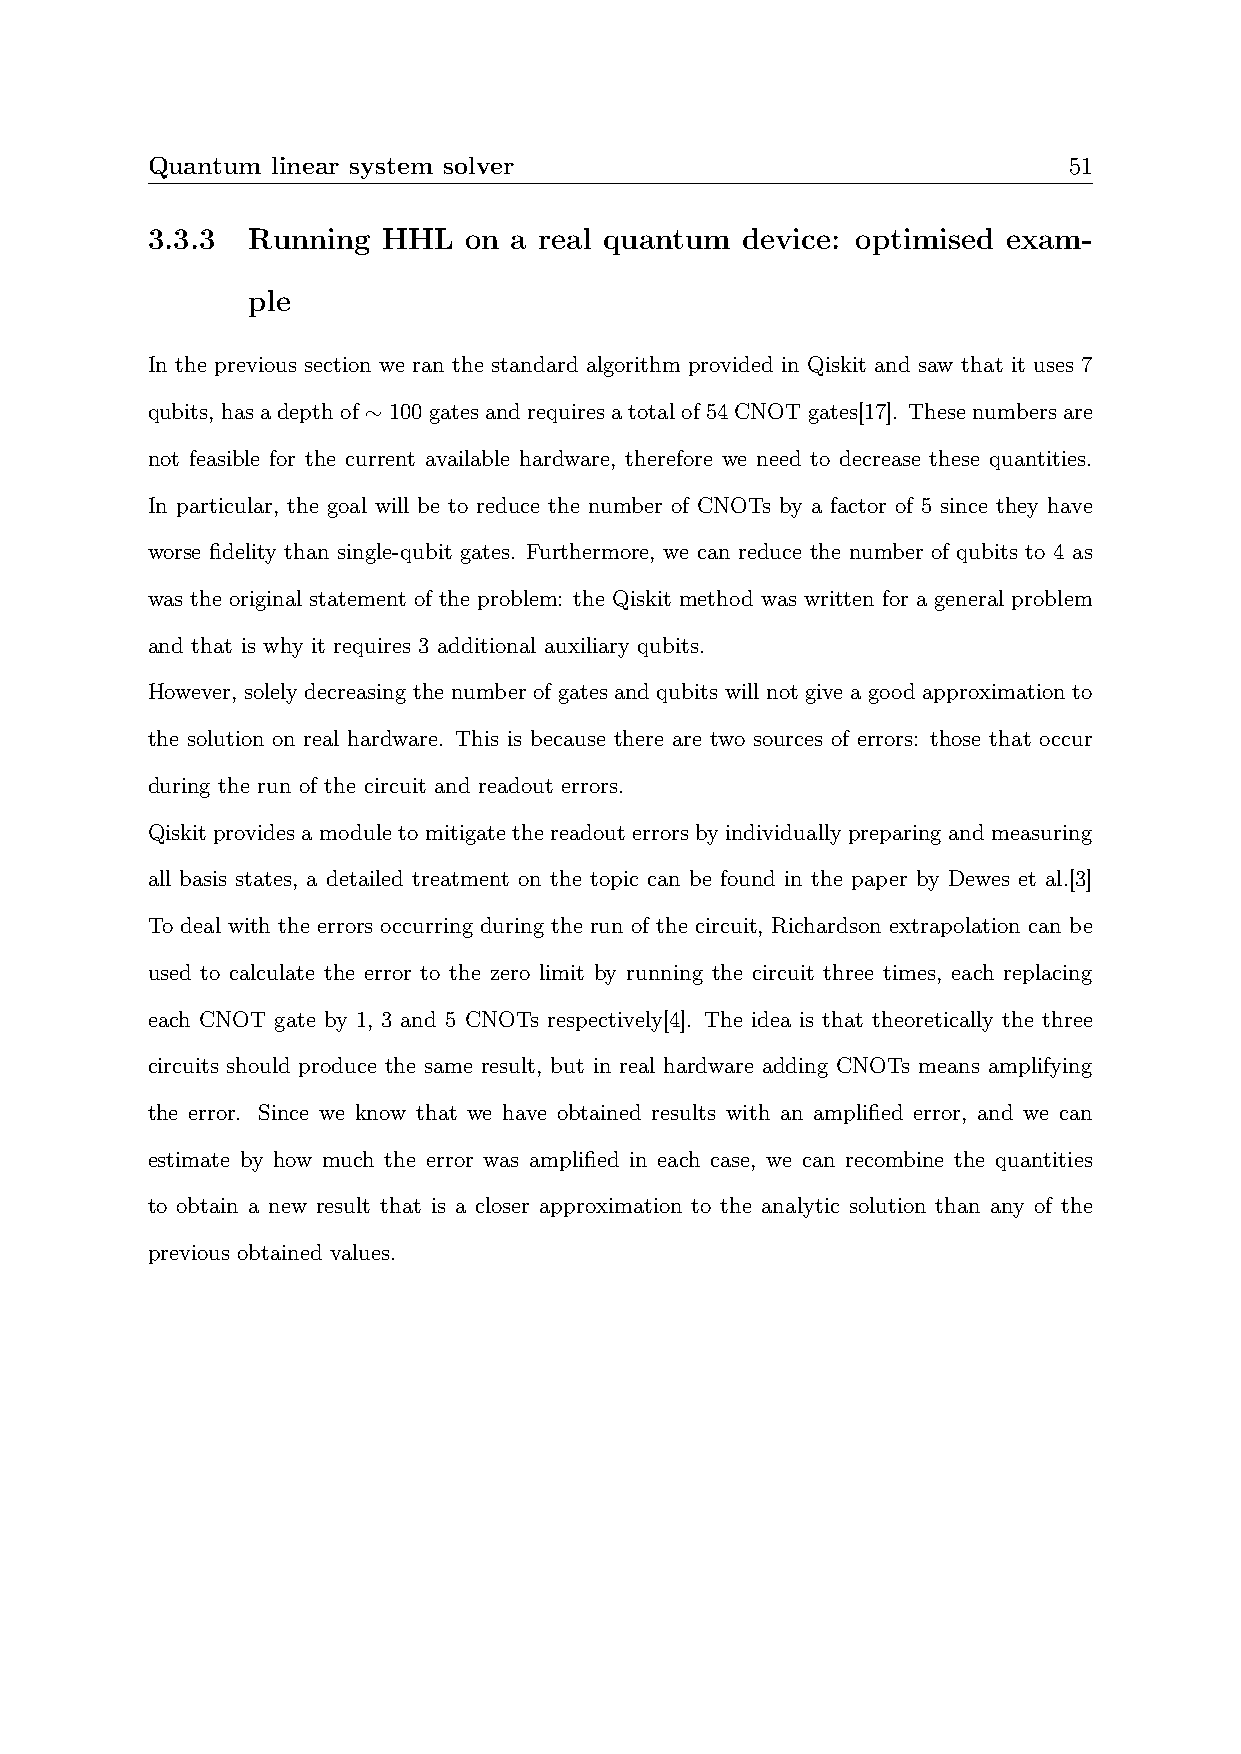
Quantum linear system solver                                 51
 3.3.3 Running  HHL   on a real quantum device: optimised exam-
 ple
 In the previous section we ran the standard algorithm provided in Qiskit and saw that it uses 7
 qubits, hasadepthof∼100gatesandrequiresatotalof54CNOTgates[17]. Thesenumbersare
 not feasible for the current available hardware, therefore we need to decrease these quantities.
 In particular, the goal will be to reduce the number of CNOTs by a factor of 5 since they have
 worse fidelity than single-qubit gates. Furthermore, we can reduce the number of qubits to 4 as
 was the original statement of the problem: the Qiskit method was written for a general problem
 and that is why it requires 3 additional auxiliary qubits.
 However, solely decreasing the number of gates and qubits will not give a good approximation to
 the solution on real hardware. This is because there are two sources of errors: those that occur
 during the run of the circuit and readout errors.
 Qiskit provides a module to mitigate the readout errors by individually preparing and measuring
 all basis states, a detailed treatment on the topic can be found in the paper by Dewes et al.[3]
 To deal with the errors occurring during the run of the circuit, Richardson extrapolation can be
 used to calculate the error to the zero limit by running the circuit three times, each replacing
 each CNOT gate by 1, 3 and 5 CNOTs respectively[4]. The idea is that theoretically the three
 circuits should produce the same result, but in real hardware adding CNOTs means amplifying
 the error. Since we know that we have obtained results with an amplified error, and we can
 estimate by how much the error was amplified in each case, we can recombine the quantities
 to obtain a new result that is a closer approximation to the analytic solution than any of the
 previous obtained values.